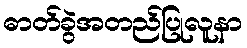
ဓာတ်ခွဲအတည်ပြုလူနာ